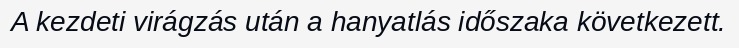
A kezdeti virágzás után a hanyatlás időszaka következett.